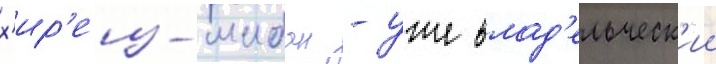
х'ир'еиз-шибан - уже влад'ельческ'ии